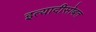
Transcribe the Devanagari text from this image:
इत्यादीसोबत